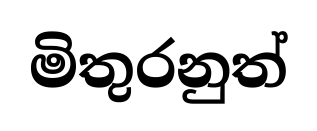
මිතුරනුත්